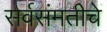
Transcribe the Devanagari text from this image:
सर्वसंमतीचे